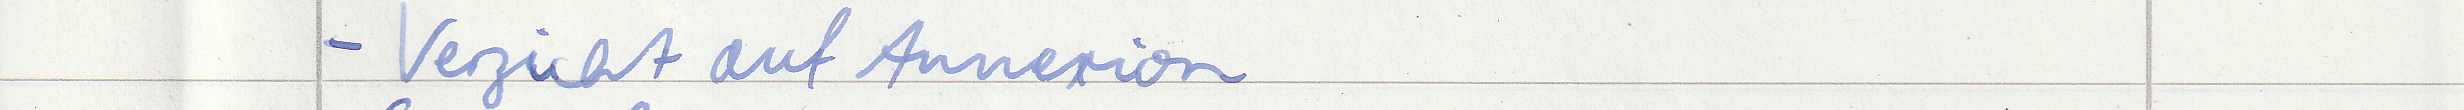
- Verzicht auf Annexion